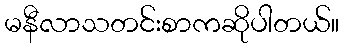
မနီလာသတင်းစာကဆိုပါတယ်။